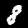
Label: 8